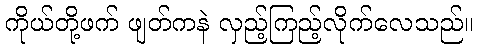
ကိုယ်တို့ဖက် ဖျတ်ကနဲ လှည့်ကြည့်လိုက်လေသည်။